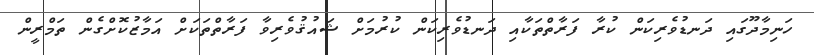
ހަނިމާދޫގައި ދަނޑުވެރިކަން ކުރާ ފަރާތްތަކާއި ދަނޑުވެރިކަން ކުރުމަށް ޝައުޤުވެރިވާ ފަރާތްތަކަށް އަމާޒުކޮށްގެން ތަމްރީން